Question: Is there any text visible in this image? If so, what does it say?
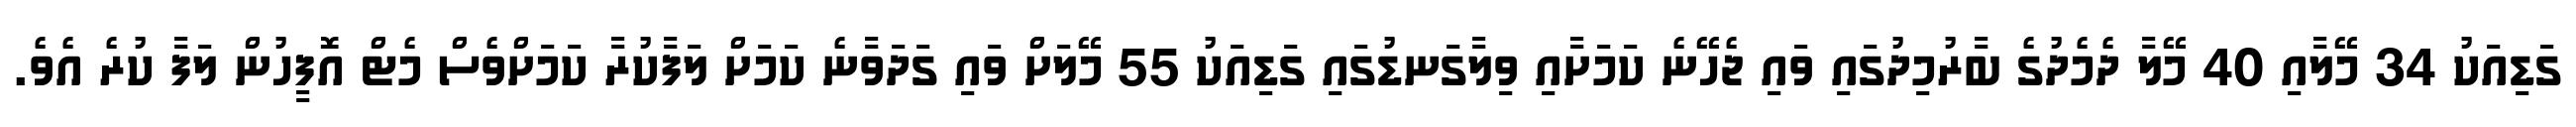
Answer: ގަޑިއަކު 34 މޭލާއި 40 މޭލާ ދެމެދުގެ ބާރުމިދުގައި ވައި ޖެހޭނެ ކަމަށާއި ވިލާގަނޑުގައި ގަޑިއަކު 55 މޭލަށް ވައި ގަދަވާނެ ކަމަށް ލަފާކުރާ ކަމަށްވެސް މެޓް އޮފީހުން ލަފާ ކުރެ އެވެ.